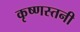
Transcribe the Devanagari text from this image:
कृष्णस्तनी